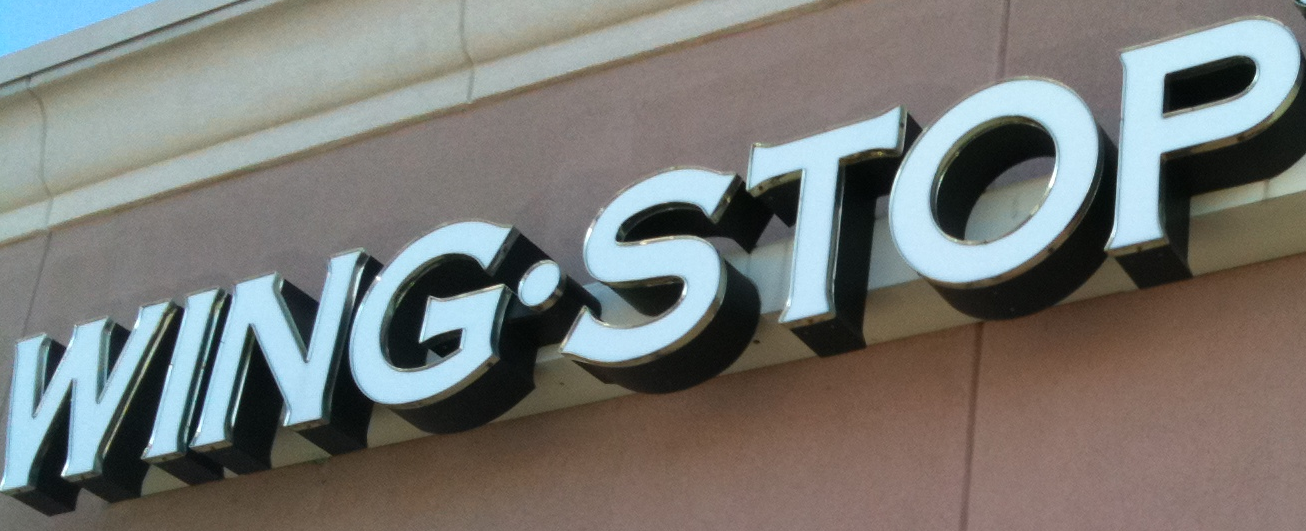
WING.STOP